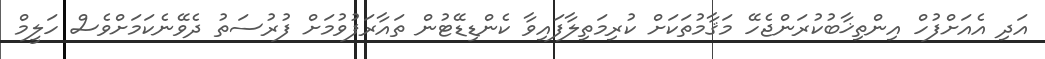
އަދި އެއަށްފުހް އިންތިޚާބުކުރަންޖެހޭ މަޤާމުތަކަށް ކުރިމަތިލާފައިވާ ކެންޑިޑޭޓުން ތައާރަފުވުމަށް ފުރުސަތު ދެވޭނެކަމަށްވެސް ހަލީމް